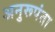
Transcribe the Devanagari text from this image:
अनुरूपंता